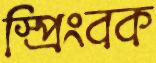
স্প্রিংবক